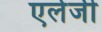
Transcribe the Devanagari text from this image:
एर्लजी